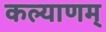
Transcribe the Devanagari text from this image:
कल्‍याणम्